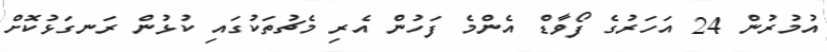
އުމުރުން 24 އަހަރުގެ ފޯވާޑް އެންމެ ފަހުން އެރި މެޗުތަކުގައި ކުޅުން ރަނގަޅުކޮށް